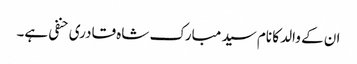
ان کے والد کا نام سید مبارک شاہ قادری حنفی ہے۔